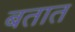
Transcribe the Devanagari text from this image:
बतात